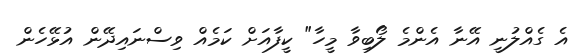
އެ ގެއްލުނީ އޭނާ އެންމެ ލޯބިވާ މީހާ" ކީފާއަށް ކަމެއް ވިސްނައިދޭން އުޅޭހެން